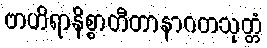
ဗာဟိရာနိစ္စာတီတာနာဂတသုတ္တံ